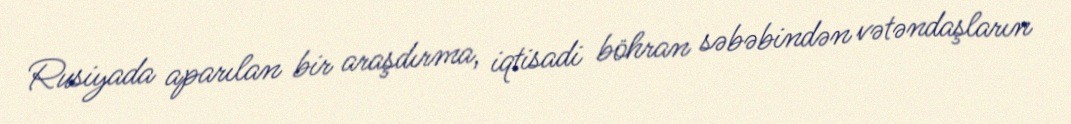
Rusiyada aparılan bir araşdırma, iqtisadi böhran səbəbindən vətəndaşların